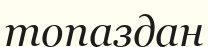
топаздан